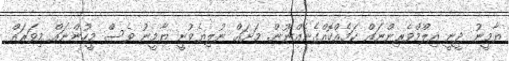
ޔާމީނު ދީނީ އިލްމްވެރިންނައް ކަމެއްކޮއްގެނެއްނޫން. މަށައް ނުލިޔެވުނީ ޔާމީނު ވެސް މީހުންނައް މިވަރައް